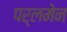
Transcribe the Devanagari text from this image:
पर्लमेन